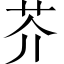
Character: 芥